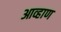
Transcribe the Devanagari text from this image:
आव्हाण